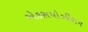
એકસપોઝીશન